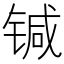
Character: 𰾗